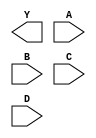
module sky130_fd_sc_ls__nand4 (
    Y,
    A,
    B,
    C,
    D
);

    output Y;
    input  A;
    input  B;
    input  C;
    input  D;

    // Voltage supply signals
    supply1 VPWR;
    supply0 VGND;
    supply1 VPB ;
    supply0 VNB ;

endmodule